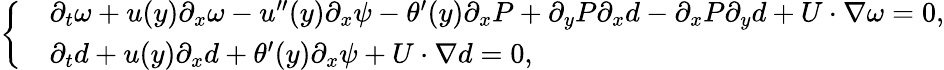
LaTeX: \left\{ \begin{array}{rl}&{\partial_{t}\omega+u(y)\partial_{x}\omega-u^{\prime\prime}(y)\partial_{x}\psi-\theta^{\prime}(y)\partial_{x}P+\partial_{y}P\partial_{x}d-\partial_{x}P\partial_{y}d+U\cdot\nabla\omega=0,}\\ &{\partial_{t}d+u(y)\partial_{x}d+\theta^{\prime}(y)\partial_{x}\psi+U\cdot\nabla d=0,}\end{array}\right.